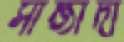
সান্জীদা